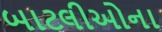
બાટલીઓના